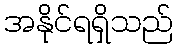
အနိုင်ရရှိသည်